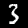
Digit: 3